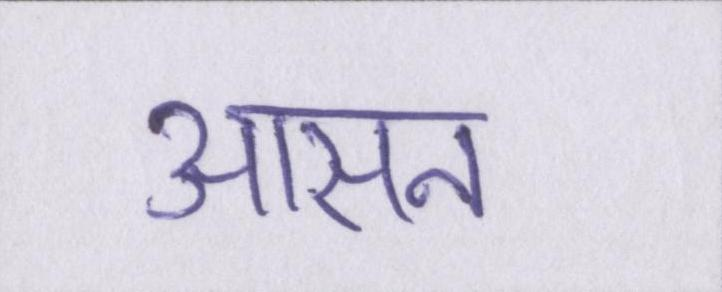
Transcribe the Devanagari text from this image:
आसन